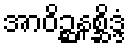
အာဝိဉ္ဆနစ္ဆိဒ္ဒံ